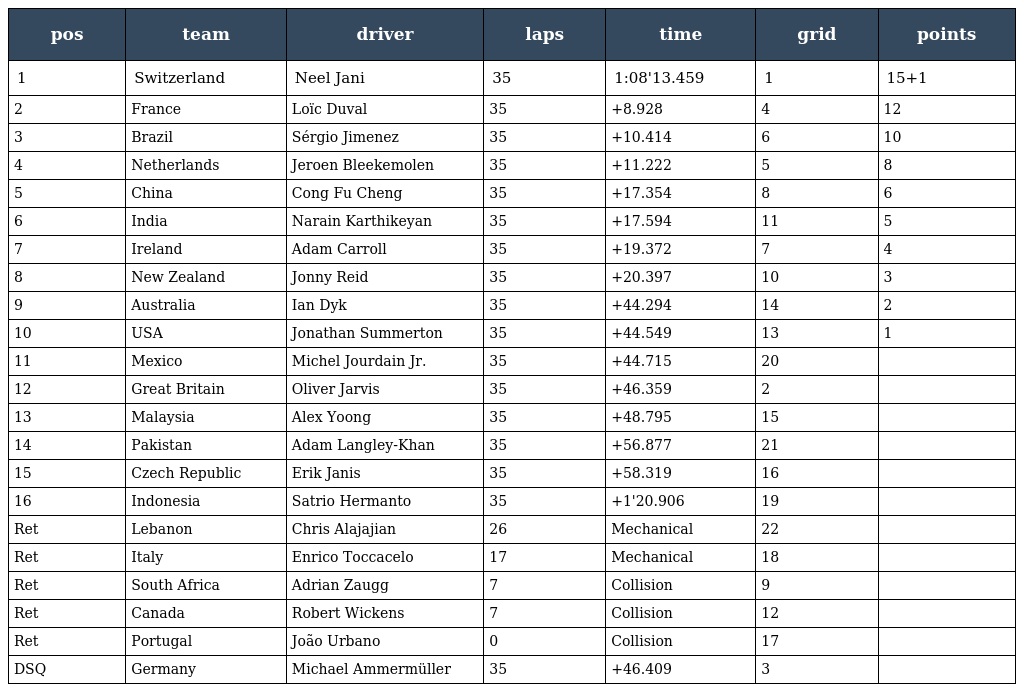
| pos | team | driver | laps | time | grid | points |
 | --- | --- | --- | --- | --- | --- | --- |
 | 1 | Switzerland | Neel Jani | 35 | 1:08'13.459 | 1 | 15+1 |
 | 2 | France | Loïc Duval | 35 | +8.928 | 4 | 12 |
 | 3 | Brazil | Sérgio Jimenez | 35 | +10.414 | 6 | 10 |
 | 4 | Netherlands | Jeroen Bleekemolen | 35 | +11.222 | 5 | 8 |
 | 5 | China | Cong Fu Cheng | 35 | +17.354 | 8 | 6 |
 | 6 | India | Narain Karthikeyan | 35 | +17.594 | 11 | 5 |
 | 7 | Ireland | Adam Carroll | 35 | +19.372 | 7 | 4 |
 | 8 | New Zealand | Jonny Reid | 35 | +20.397 | 10 | 3 |
 | 9 | Australia | Ian Dyk | 35 | +44.294 | 14 | 2 |
 | 10 | USA | Jonathan Summerton | 35 | +44.549 | 13 | 1 |
 | 11 | Mexico | Michel Jourdain Jr. | 35 | +44.715 | 20 |  |
 | 12 | Great Britain | Oliver Jarvis | 35 | +46.359 | 2 |  |
 | 13 | Malaysia | Alex Yoong | 35 | +48.795 | 15 |  |
 | 14 | Pakistan | Adam Langley-Khan | 35 | +56.877 | 21 |  |
 | 15 | Czech Republic | Erik Janis | 35 | +58.319 | 16 |  |
 | 16 | Indonesia | Satrio Hermanto | 35 | +1'20.906 | 19 |  |
 | Ret | Lebanon | Chris Alajajian | 26 | Mechanical | 22 |  |
 | Ret | Italy | Enrico Toccacelo | 17 | Mechanical | 18 |  |
 | Ret | South Africa | Adrian Zaugg | 7 | Collision | 9 |  |
 | Ret | Canada | Robert Wickens | 7 | Collision | 12 |  |
 | Ret | Portugal | João Urbano | 0 | Collision | 17 |  |
 | DSQ | Germany | Michael Ammermüller | 35 | +46.409 | 3 |  |